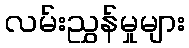
လမ်းညွှန်မှုများ